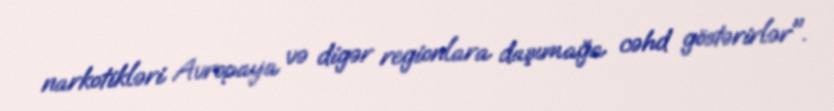
narkotikləri Avropaya və digər regionlara daşımağa cəhd göstərirlər".